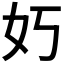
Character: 𮰷